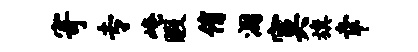
寄专崦暇侑涸寞旗幸